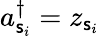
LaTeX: a_{\mathsf{s}_{i}}^{\dagger}=z_{\mathsf{s}_{i}}